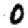
Digit: 0